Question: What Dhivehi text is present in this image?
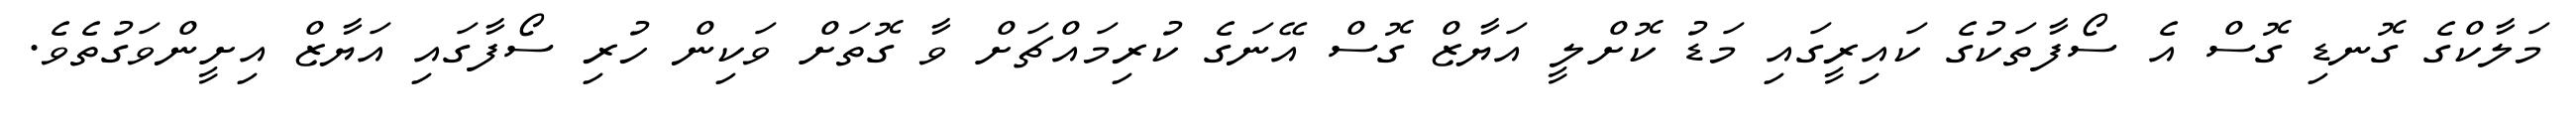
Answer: މަލާކްގެ ގޮނޑި ގޮސް އެ ސޯފާތަކުގެ ކައިރީގައި މަޑު ކޮށްލީ އަޔާޒް ގޮސް އޭނަގެ ކުރިމައްޗަށް ވާ ގޮތަށް ވަކިން ހުރި ސޯފާގައި އަޔާޒް އިށީންވަގުތެވެ.